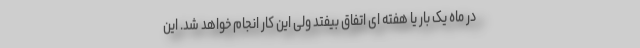
در ماه یک بار یا هفته ای اتفاق بیفتد ولی این کار انجام خواهد شد. این